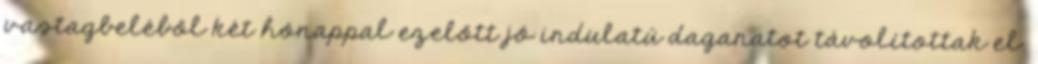
vastagbeléből két hónappal ezelőtt jó indulatú daganatot távolítottak el.